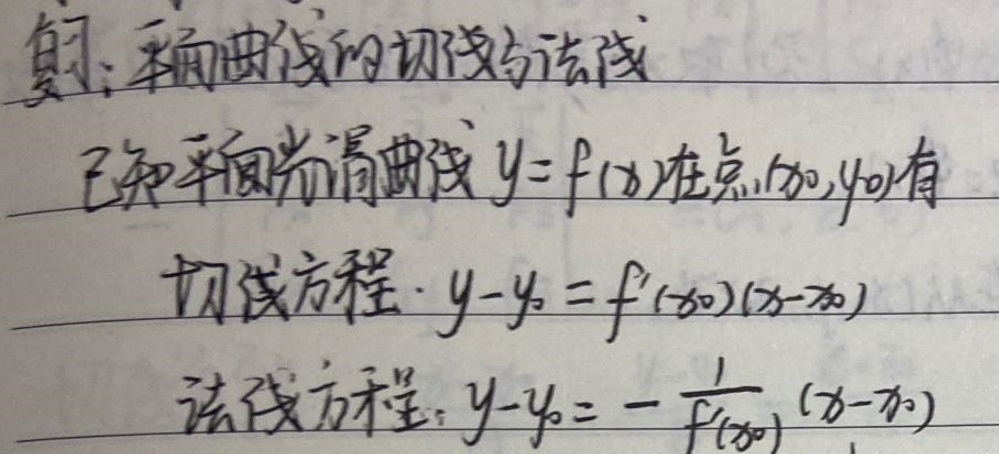
复：平面曲线的切线与法线

已知平面光滑曲线 $y = f(x)$ 在点 $(x_0,y_0)$ 有

切线方程：$y - y_0 = f^{\prime}(x_0)(x - x_0)$

法线方程：$y - y_0 = -\frac{1}{f^{\prime}(x_0)}(x - x_0)$